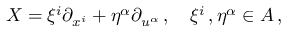
X = \xi ^ { i } \partial _ { x ^ { i } } + \eta ^ { \alpha } \partial _ { u ^ { \alpha } } \, , \quad \xi ^ { i } \, , \eta ^ { \alpha } \in \cal { A } \, ,